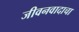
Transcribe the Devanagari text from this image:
जीवनवादाचा